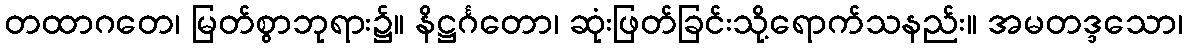
တထာဂတေ၊ မြတ်စွာဘုရား၌။ နိဋ္ဌင်္ဂတော၊ ဆုံးဖြတ်ခြင်းသို့ရောက်သနည်း။ အမတဒ္ဒသော၊